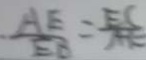
\frac { A E } { E B } = \frac { E C } { A E }